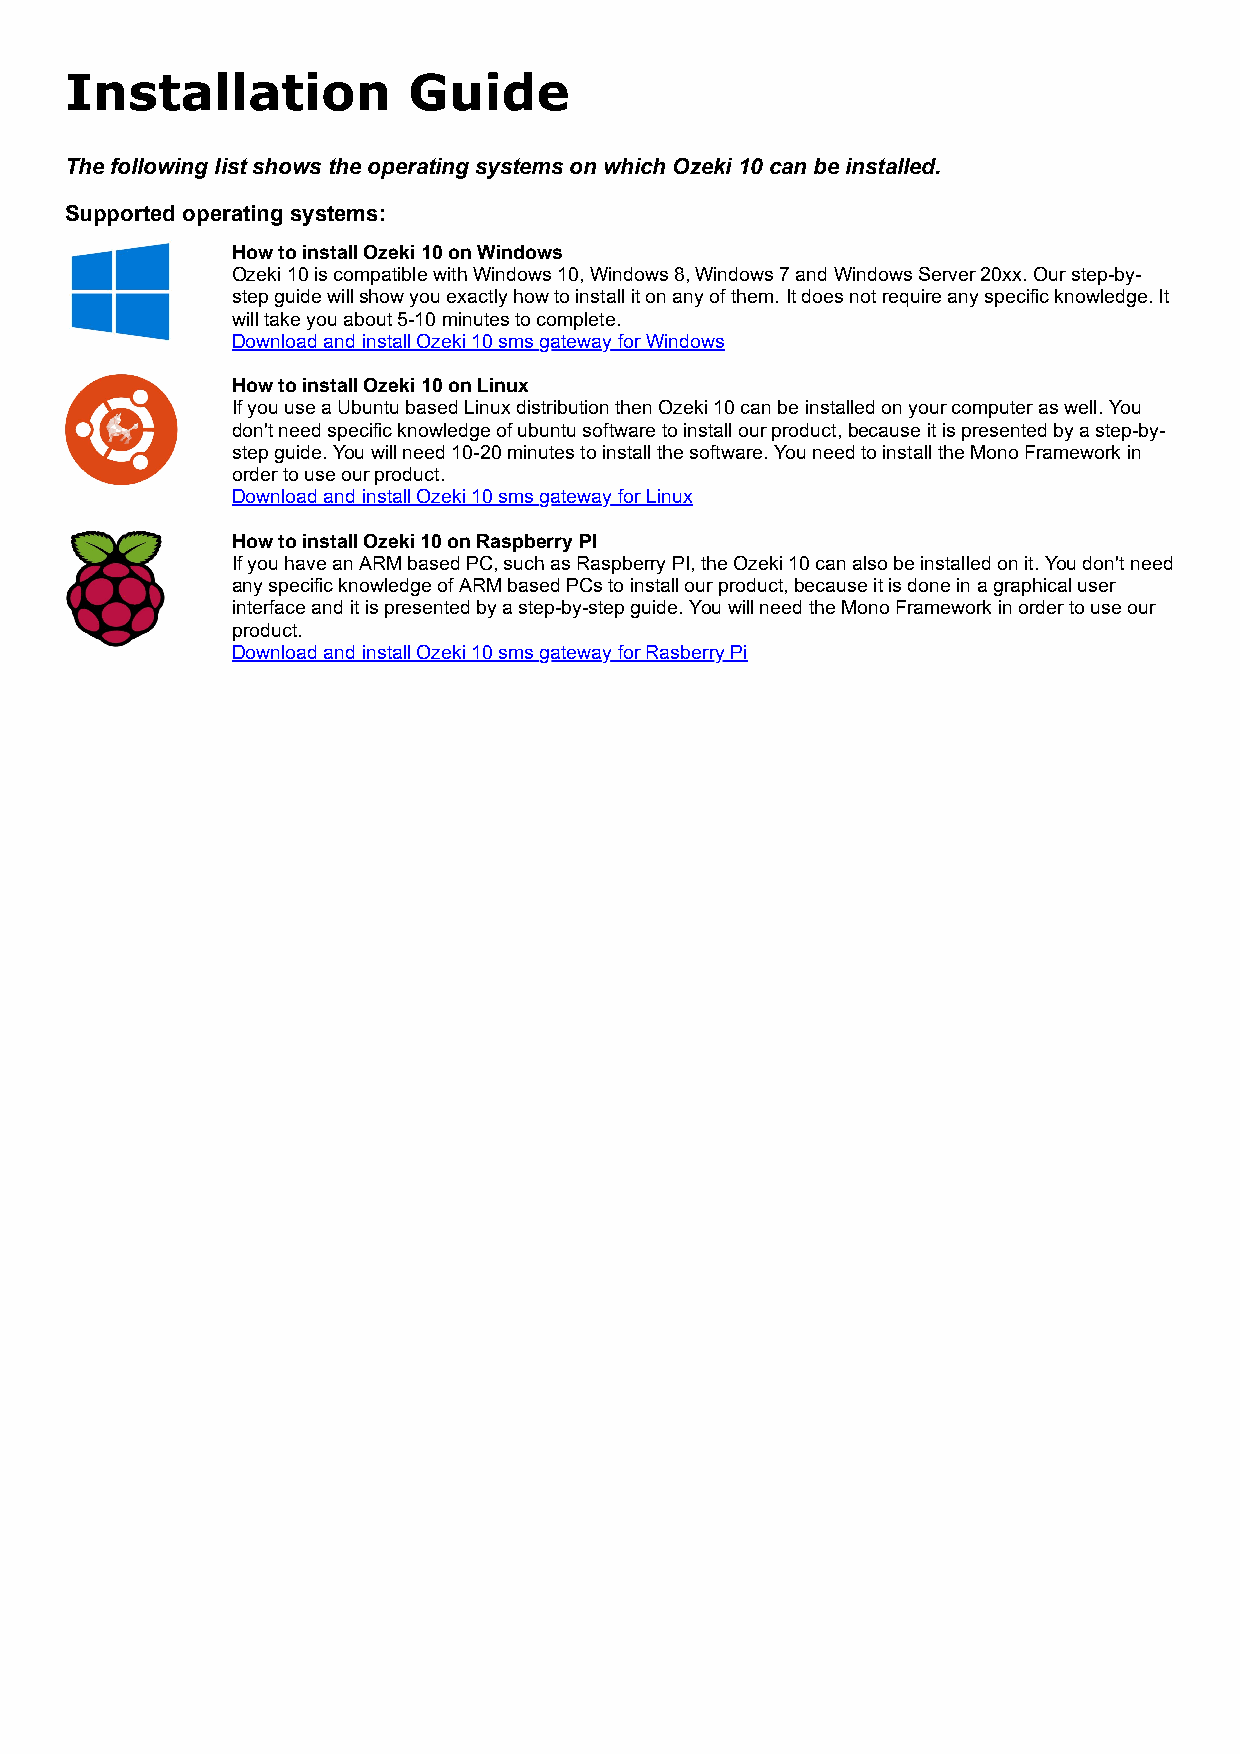
Installation           Guide
 The following list shows the operating systems on which Ozeki 10 can be installed.
 Supported operating systems:
 How to install Ozeki 10 on Windows
 Ozeki 10 is compatible with Windows 10, Windows 8, Windows 7 and Windows Server 20xx. Our step-by-
 step guide will show you exactly how to install it on any of them. It does not require any specific knowledge. It
 will take you about 5-10 minutes to complete.
 Download and install Ozeki 10 sms gateway for Windows
 How to install Ozeki 10 on Linux
 If you use a Ubuntu based Linux distribution then Ozeki 10 can be installed on your computer as well. You
 don't need specific knowledge of ubuntu software to install our product, because it is presented by a step-by-
 step guide. You will need 10-20 minutes to install the software. You need to install the Mono Framework in
 order to use our product.
 Download and install Ozeki 10 sms gateway for Linux
 How to install Ozeki 10 on Raspberry PI
 If you have an ARM based PC, such as Raspberry PI, the Ozeki 10 can also be installed on it. You don't need
 any specific knowledge of ARM based PCs to install our product, because it is done in a graphical user
 interface and it is presented by a step-by-step guide. You will need the Mono Framework in order to use our
 product.
 Download and install Ozeki 10 sms gateway for Rasberry Pi